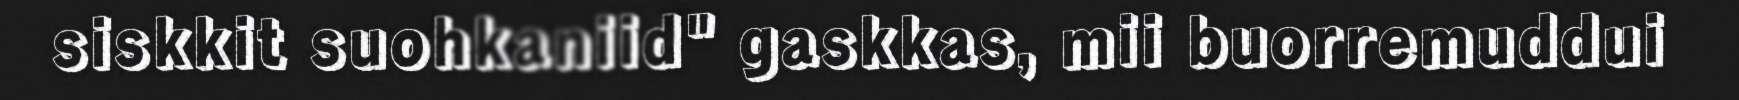
siskkit suohkaniid" gaskkas, mii buorremuddui